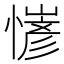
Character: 𢢋